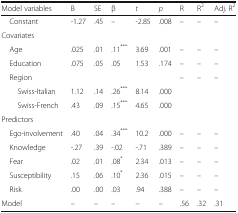
| Model variables | B | SE | β | t | p | R | R2 | Adj. R2 |
 | --- | --- | --- | --- | --- | --- | --- | --- | --- |
 | Constant | -1.27 | .45 | – | -2.85 | .008 | – | – | – |
 | <COLSPAN=9> Covariates |
 | Age | .025 | .01 | .11*** | 3.69 | .001 | – | – | – |
 | Education | .075 | .05 | .05 | 1.53 | .174 | – | – | – |
 | Region |  |  |  |  |  | <ROWSPAN=3> – | <ROWSPAN=3> – | <ROWSPAN=3> – |
 | Swiss-Italian | 1.12 | .14 | .26*** | 8.14 | .000 |
 | Swiss-French | .43 | .09 | .15*** | 4.65 | .000 |
 | <COLSPAN=9> Predictors |
 | Ego-involvement | .40 | .04 | .34*** | 10.2 | .000 | – | – | – |
 | Knowledge | -.27 | .39 | -.02 | -.71 | .389 | – | – | – |
 | Fear | .02 | .01 | .08* | 2.34 | .013 | – | – | – |
 | Susceptibility | .15 | .06 | .10* | 2.36 | .015 | – | – | – |
 | Risk | .00 | .00 | .03 | .94 | .388 | – | – | – |
 | Model | – | – | – | – | – | .56 | .32 | .31 |